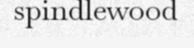
spindlewood